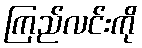
ကြည်လင်းကို